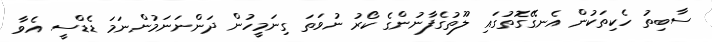
ސާބިތު ހެކިތަކުން އެނގޭގޮތުގައި ލޫތުގެފާނުންގެ ކޯރު ނުވަތަ ގިނަމީހުން ދަންނަނަމުންނަމަ ޑެޑްސީ އެވާ